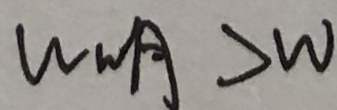
W W _ { A } > W